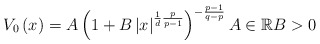
\begin{align*}V_{0}\left( x\right) =A\left( 1+B\left\vert x\right\vert ^{\frac{1}{d}\frac{p}{p-1}}\right) ^{-\frac{p-1}{q-p}}A\in\mathbb{R}B>0\end{align*}